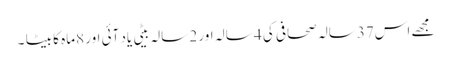
مجھے اس37سالہ صحافی کی 4 سالہ اور 2 سالہ بیٹی یاد آئی اور 8ماہ کا بیٹا ۔